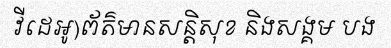
វីដេអូ)ព័ត៌មានសន្តិសុខ និងសង្គម បង